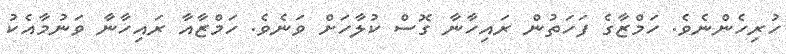
ހުރިހެންނެވެ. ހަމްޒާގެ ފަހަތުން ރައިހާނާ ގޮސް ކުލާހަށް ވަނެވެ. ހަމްޒާއާ ރައިހާނާ ވަނުމާއެކު